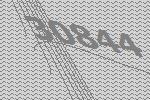
30844